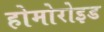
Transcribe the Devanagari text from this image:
होमोरोइड